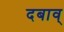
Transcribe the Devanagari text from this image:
दबाव्